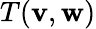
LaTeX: T(\mathbf{v},\mathbf{w})